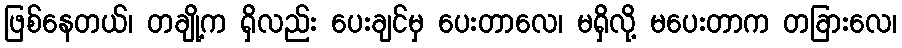
ဖြစ်နေတယ်၊ တချို့က ရှိလည်း ပေးချင်မှ ပေးတာလေ၊ မရှိလို့ မပေးတာက တခြားလေ၊